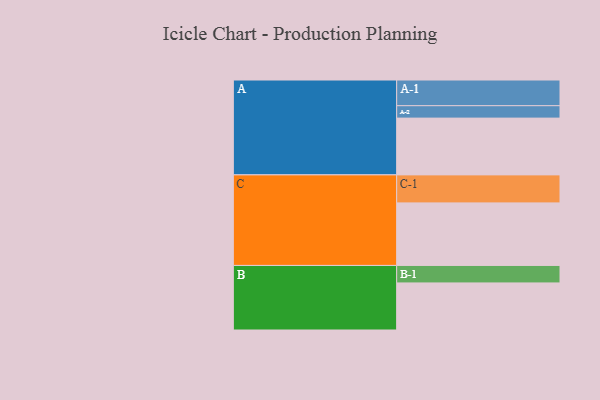
{"axis": {"x": "Segment", "y": "Value"}, "legend": ["", "A", "B", "C"], "data": [{"x": "A", "y": 539, "type": ""}, {"x": "B", "y": 447, "type": ""}, {"x": "C", "y": 594, "type": ""}, {"x": "A-1", "y": 244, "type": "A"}, {"x": "A-2", "y": 118, "type": "A"}, {"x": "B-1", "y": 166, "type": "B"}, {"x": "C-1", "y": 266, "type": "C"}]}